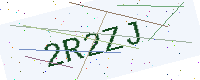
Text: 2R2ZJ